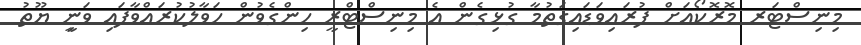
މިނިސްޓަރ މޮރޮކޯއަށް ފުރައިވަޑައިގަތުމާ ގުޅިގެން އެ މިނިސްޓްރީ ހިންގެވުން ހަވާލުކުރައްވާފައި ވަނީި ޔޫތު